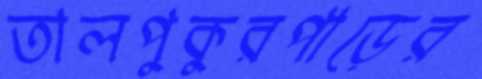
তালপুকুরপাড়ের